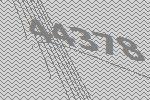
44378